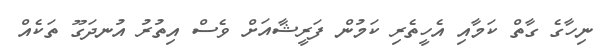
ނިހާގެ ގާތް ކަމާއި އެހީތެރި ކަމުން ފަރީޝާއަށް ވެސް އިތުރު އުނދަގޫ ތަކެއް